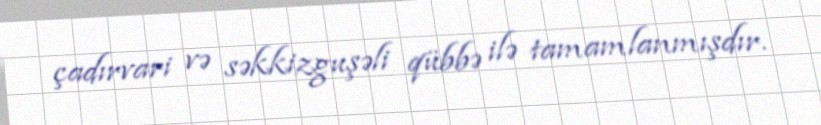
çadırvari və səkkizguşəli qübbə ilə tamamlanmışdır.